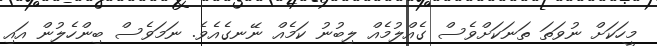
މީހަކަށް ނުވަތަ ތަނަކަށްވެސް ގެއްލުމެއް ލިބުނު ކަމެއް ނޭނގެއެވެ. ނަމަވެސް ބިންހެލުން އައި